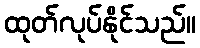
ထုတ်လုပ်နိုင်သည်။